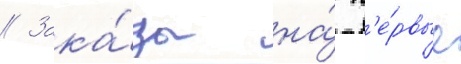
// Зака́зы на́ п'е́рвые